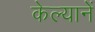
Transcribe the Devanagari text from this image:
केल्यानें